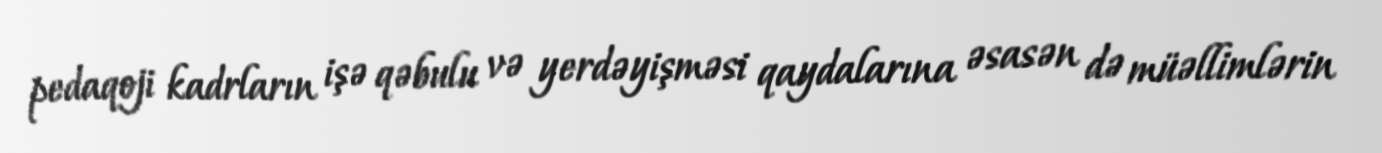
pedaqoji kadrların işə qəbulu və yerdəyişməsi qaydalarına əsasən də müəllimlərin